Indian journal of veterinary science and animal husbandry - Volume 12,
Year: 1942
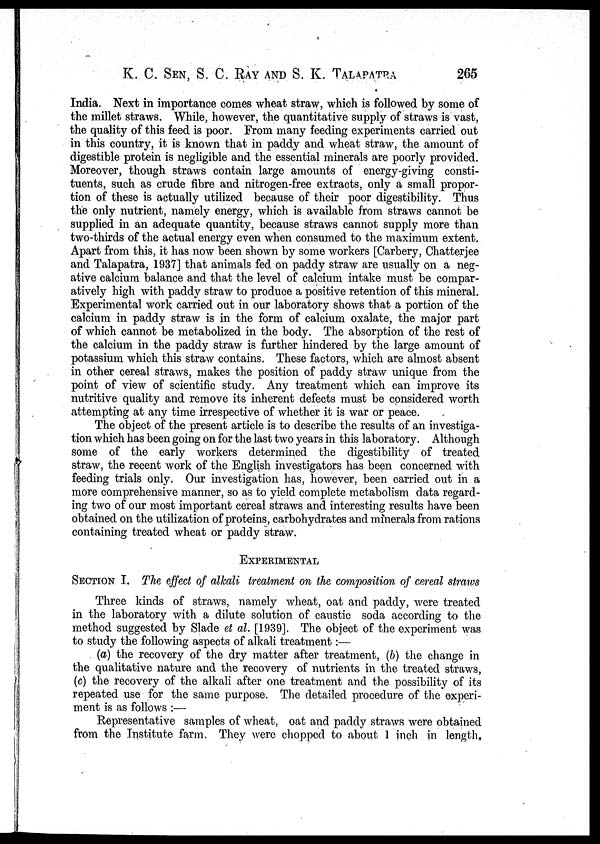
K. C. SEN, S. C. RAY AND S. K.
TALAPATRA
265
India. Next in importance comes wheat straw, which is followed by some of
the millet straws. While, however, the quantitative supply of straws is vast,
the quality of this feed is poor. From many feeding experiments carried out
in this country, it is known that in paddy and wheat straw, the amount of
digestible protein is negligible and the essential minerals are poorly provided.
Moreover, though straws contain large amounts of energy-giving consti-
tuents, such as crude fibre and nitrogen-free extracts, only a small propor-
tion of these is actually utilized because of their poor digestibility. Thus
the only nutrient, namely energy, which is available from straws cannot be
supplied in an adequate quantity, because straws cannot supply more than
two-thirds of the actual energy even when consumed to the maximum extent.
Apart from this, it has now been shown by some workers [Carbery, Chatterjee
and Talapatra, 1937] that animals fed on paddy straw are usually on a neg-
ative calcium balance and that the level of calcium intake must be compar-
atively high with paddy straw to produce a positive retention of this mineral.
Experimental work carried out in our laboratory shows that a portion of the
calcium in paddy straw is in the form of calcium oxalate, the major part
of which cannot be metabolized in the body. The absorption of the rest of
the calcium in the paddy straw is further hindered by the large amount of
potassium which this straw contains. These factors, which are almost absent
in other cereal straws, makes the position of paddy straw unique from the
point of view of scientific study. Any treatment which can improve its
nutritive quality and remove its inherent defects must be considered worth
attempting at any time irrespective of whether it is war or peace.
The object of the present article is to describe the results of an investiga-
tion which has been going on for the last two years in this laboratory. Although
some of the early workers determined the digestibility of treated
straw, the recent work of the English investigators has been concerned with
feeding trials only. Our investigation has, however, been carried out in a
more comprehensive manner, so as to yield complete metabolism data regard-
ing two of our most important cereal straws and interesting results have been
obtained on the utilization of proteins, carbohydrates and minerals from rations
containing treated wheat or paddy straw.
EXPERIMENTAL
SECTION I. The effect of alkali treatment on the composition of cereal straws
Three kinds of straws, namely wheat, oat and paddy, were treated
in the laboratory with a dilute solution of caustic soda according to the
method suggested by Slade et al. [1939]. The object of the experiment was
to study the following aspects of alkali treatment:—
(a) the recovery of the dry matter after treatment, (b) the change in
the qualitative nature and the recovery of nutrients in the treated straws,
(c) the recovery of the alkali after one treatment and the possibility of its
repeated use for the same purpose. The detailed procedure of the experi-
ment is as follows :—
Representative samples of wheat, oat and paddy straws were obtained
from the Institute farm. They were chopped to about 1 inch in length.